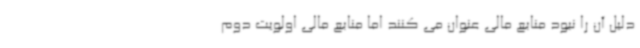
دلیل آن را نبود منابع مالی عنوان می کنند اما منابع مالی اولویت دوم